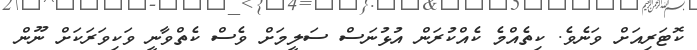
ކޮޓަރިއަށް ވަނެވެ. ކިތެއްމެ ކެއްކުރަން އުޅުނަސް ސަލީމަށް ވެސް ކެތްވާނީ ވަކިވަރަކަށް ނޫން